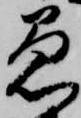
愚